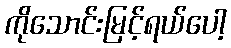
ကိုသောင်းမြင့်ရယ်ပေါ့